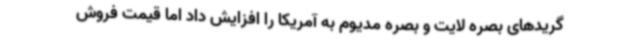
گریدهای بصره لایت و بصره مدیوم به آمریکا را افزایش داد اما قیمت فروش